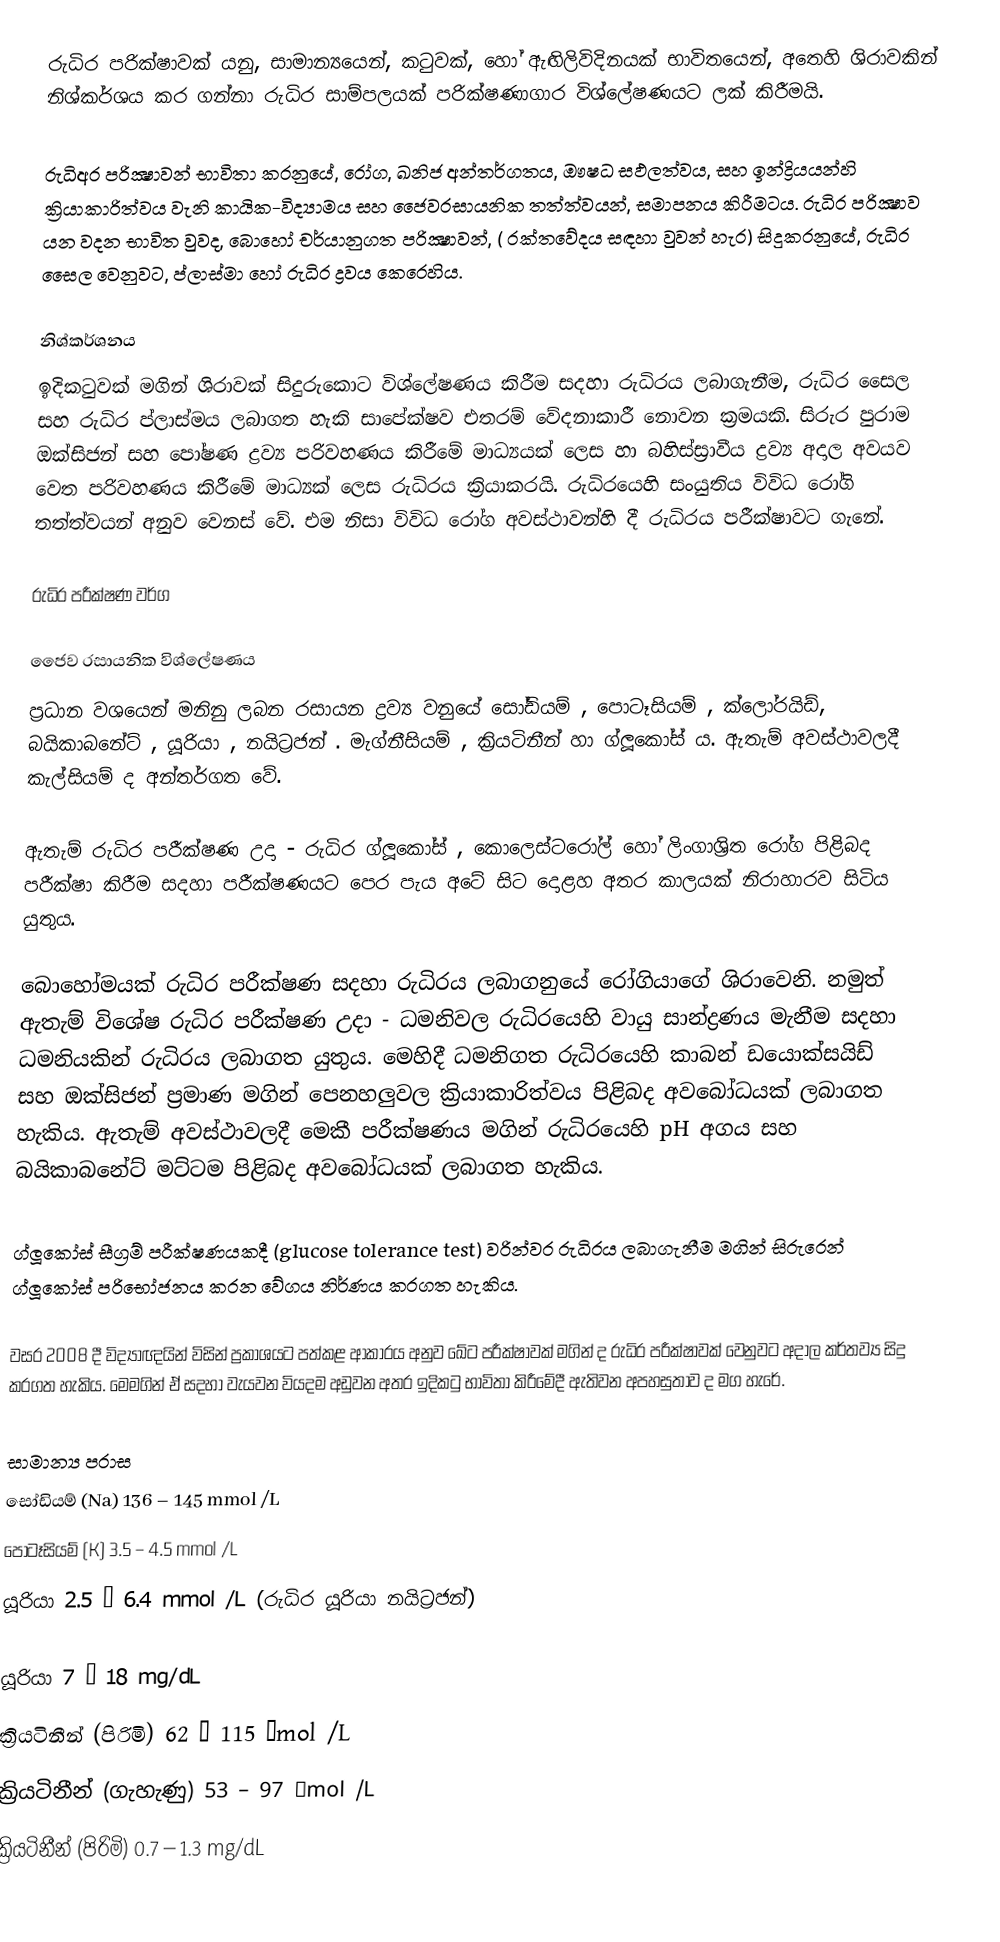
රුධිර පරික්ෂාවක් යනු, සාමාන්‍යයෙන්,  කටුවක්, හෝ ඇඟිලිවිදිනයක් භාවිතයෙන්,  අතෙහි ශිරාවකින් නිශ්කර්ශය කර ගන්නා රුධිර සාම්පලයක් පරික්ෂණාගාර විශ්ලේෂණයට ලක් කිරීමයි.

රුධිඅර පරික්‍ෂාවන් භාවිතා කරනුයේ, රෝග, ඛනිජ අන්තර්ගතය, ඖෂධ සඵලත්වය, සහ ඉන්ද්‍රියයන්හි ක්‍රියාකාරිත්වය වැනි  කායික-විද්‍යාමය සහ ජෛවරසායනික තත්ත්වයන්, සමාපනය කිරීමටය.  රුධිර පරික්‍ෂාව යන වදන භාවිත වුවද, බොහෝ චර්යානුගත පරික්‍ෂාවන්, ( රක්තවේදය සඳහා වුවන් හැර) සිදුකරනුයේ, රුධිර සෛල වෙනුවට,  ප්ලාස්මා හෝ රුධිර ද්‍රවය කෙරෙහිය.

නිශ්කර්ශනය
ඉදිකටුවක් මගින්  ශිරාවක් සිදුරුකොට විශ්ලේෂණය කිරීම සදහා රුධිරය ලබාගැනීම, ‍රුධිර සෛල සහ රුධිර ප්ලාස්මය ලබාගත හැකි සාපේක්ෂව එතරම් වේදනාකාරී නොවන ක්‍රමයකි.  සිරුර පුරාම ඔක්සිජන් සහ පෝෂණ ද්‍රව්‍ය පරිවහණය කිරීමේ මාධ්‍යයක් ලෙස හා බහිස්ස්‍රාවීය ද්‍රව්‍ය අදාල අවයව වෙත පරිවහණය කිරීමේ මාධ්‍යක් ලෙස රුධිරය ක්‍රියාකරයි.  රුධිරයෙහි සංයුතිය විවිධ රෝගි තත්ත්වයන් අනුව වෙනස් වේ. එම නිසා විවිධ රෝග අවස්ථාවන්හි දී රුධිරය පරීක්ෂාවට ගැනේ.

රුධිර පරීක්ෂණ වර්ග

ජෛව රසායනික විශ්ලේෂණය
ප්‍රධාන වශයෙන් මනිනු ලබන රසායන ද්‍රව්‍ය වනුයේ සෝඩියම් , පොටෑසියම් , ක්ලෝරයිඩ්, බයිකාබනේට් , යූරියා , නයිට්‍රජන් . මැග්නීසියම් , ක්‍රියටිනීන් හා ග්ලූකෝස් ය. ඇතැම් අවස්ථාවලදී කැල්සියම් ද අන්තර්ගත වේ.

ඇතැම් රුධිර පරීක්ෂණ උදා - රුධිර ග්‍ලූකෝස් , කොලෙස්ටරෝල් හෝ ලිංගාශ්‍රිත රෝග පිළිබද පරීක්ෂා කිරීම සදහා පරීක්ෂණයට පෙර පැය අටේ සිට දොළහ අතර කාලයක් නිරාහාරව සිටිය යුතුය.

‍බොහෝමයක් රුධිර පරීක්ෂණ සදහා රුධිරය ලබාගනුයේ රෝගියාගේ ශිරාවෙනි. නමුත් ඇතැම් විශේෂ රුධිර පරීක්ෂණ උදා - ධමනිවල රුධිරයෙහි වායු සාන්ද්‍රණය මැනීම සදහා ධමනියකින් රුධිරය ලබාගත යුතුය. මෙහිදී ධමනිගත රුධිරයෙහි කාබන් ඩයොක්සයිඩ් සහ ඔක්සිජන් ප්‍රමාණ මගින් පෙනහලුවල ක්‍රියාකාරිත්වය පිළිබද අවබෝධයක් ලබාගත හැකිය. ඇතැම් අවස්ථාවලදී මෙකී පරීක්ෂණය මගින් රුධිරයෙහි pH අගය සහ බයිකාබනේට් මට්ටම පිළිබද අ‍ව‍බෝධයක් ලබාගත හැකිය.

ග්ලූකෝස් සීග්‍රම් පරීක්ෂණ‍යකදී (glucose tolerance test) වරින්වර රුධිරය ලබාගැනීම මගින් සිරුරෙන් ග්ලූකෝස් පරිභෝජනය කරන වේගය නිර්ණය කරගත හැකිය.

වසර 2008 දී විද්‍යාඥයින් විසින් ප්‍රකාශයට පත්කළ ආකාරය අනුව ඛේට පරීක්ෂාවක් මගින් ද රුධිර පරීක්ෂාවක් වෙනුවට අදාල කර්තව්‍ය සිදු කරගත හැකිය. මෙමගින් ඒ සදහා වැයවන වියදම අඩුවන අතර ඉදිකටු භාවිතා කිරීමේදී ඇතිවන අපහසුතාව ද මග හැරේ.

සාමාන්‍ය පරාස
සෝඩියම් (Na)					136 – 145 mmol /L
පොටෑසියම් (K)				3.5 – 4.5   mmol /L
යූරියා 						2.5 – 6.4  mmol /L  (රුධිර යූරියා නයිට්‍රජන්)

යූරියා 						7 – 18    mg/dL
ක්‍රියටිනීන් (පිරිමි)				62 – 115  mol /L
ක්‍රියටිනීන් (ගැහැණු)				53 – 97    mol /L
ක්‍රියටිනීන් (පිරිමි)				0.7 – 1.3  mg/dL